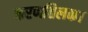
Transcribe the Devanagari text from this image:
करणतिलक।